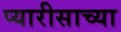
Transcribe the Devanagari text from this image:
प्यारीसाच्या